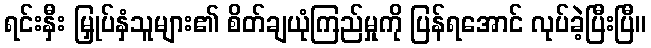
ရင်းနှီး မြှုပ်နှံသူများ၏ စိတ်ချယုံကြည်မှုကို ပြန်ရအောင် လုပ်ခဲ့ပြီးပြီ။